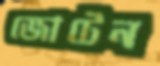
জোটেন